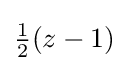
{\begin{matrix}{\frac {1}{2}}\end{matrix}}(z-1)